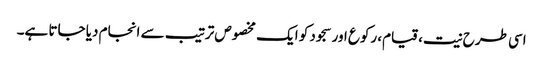
اسی طرح نیت، قیام، رکوع اور سجود کو ایک مخصوص ترتیب سے انجام دیا جاتا ہے۔